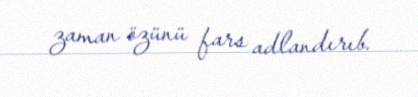
zaman özünü fars adlandırıb.